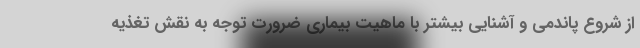
از شروع پاندمی و آشنایی بیشتر با ماهیت بیماری ضرورت توجه به نقش تغذیه